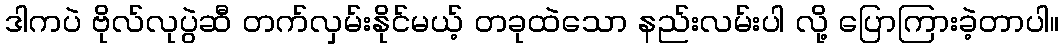
ဒါကပဲ ဗိုလ်လုပွဲဆီ တက်လှမ်းနိုင်မယ့် တခုထဲသော နည်းလမ်းပါ လို့ ပြောကြားခဲ့တာပါ။